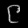
Digit: ၉